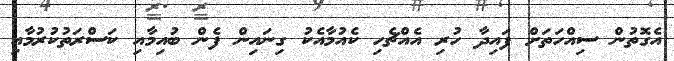
އެގޮތުން ސިއްހަތަށް ފައިދާ ހުރި އެއްޗެހި ކެއުމާއެކު ގިނައިން ފެން ބުއިމާއި ކަސްރަތުކުރުމާއި